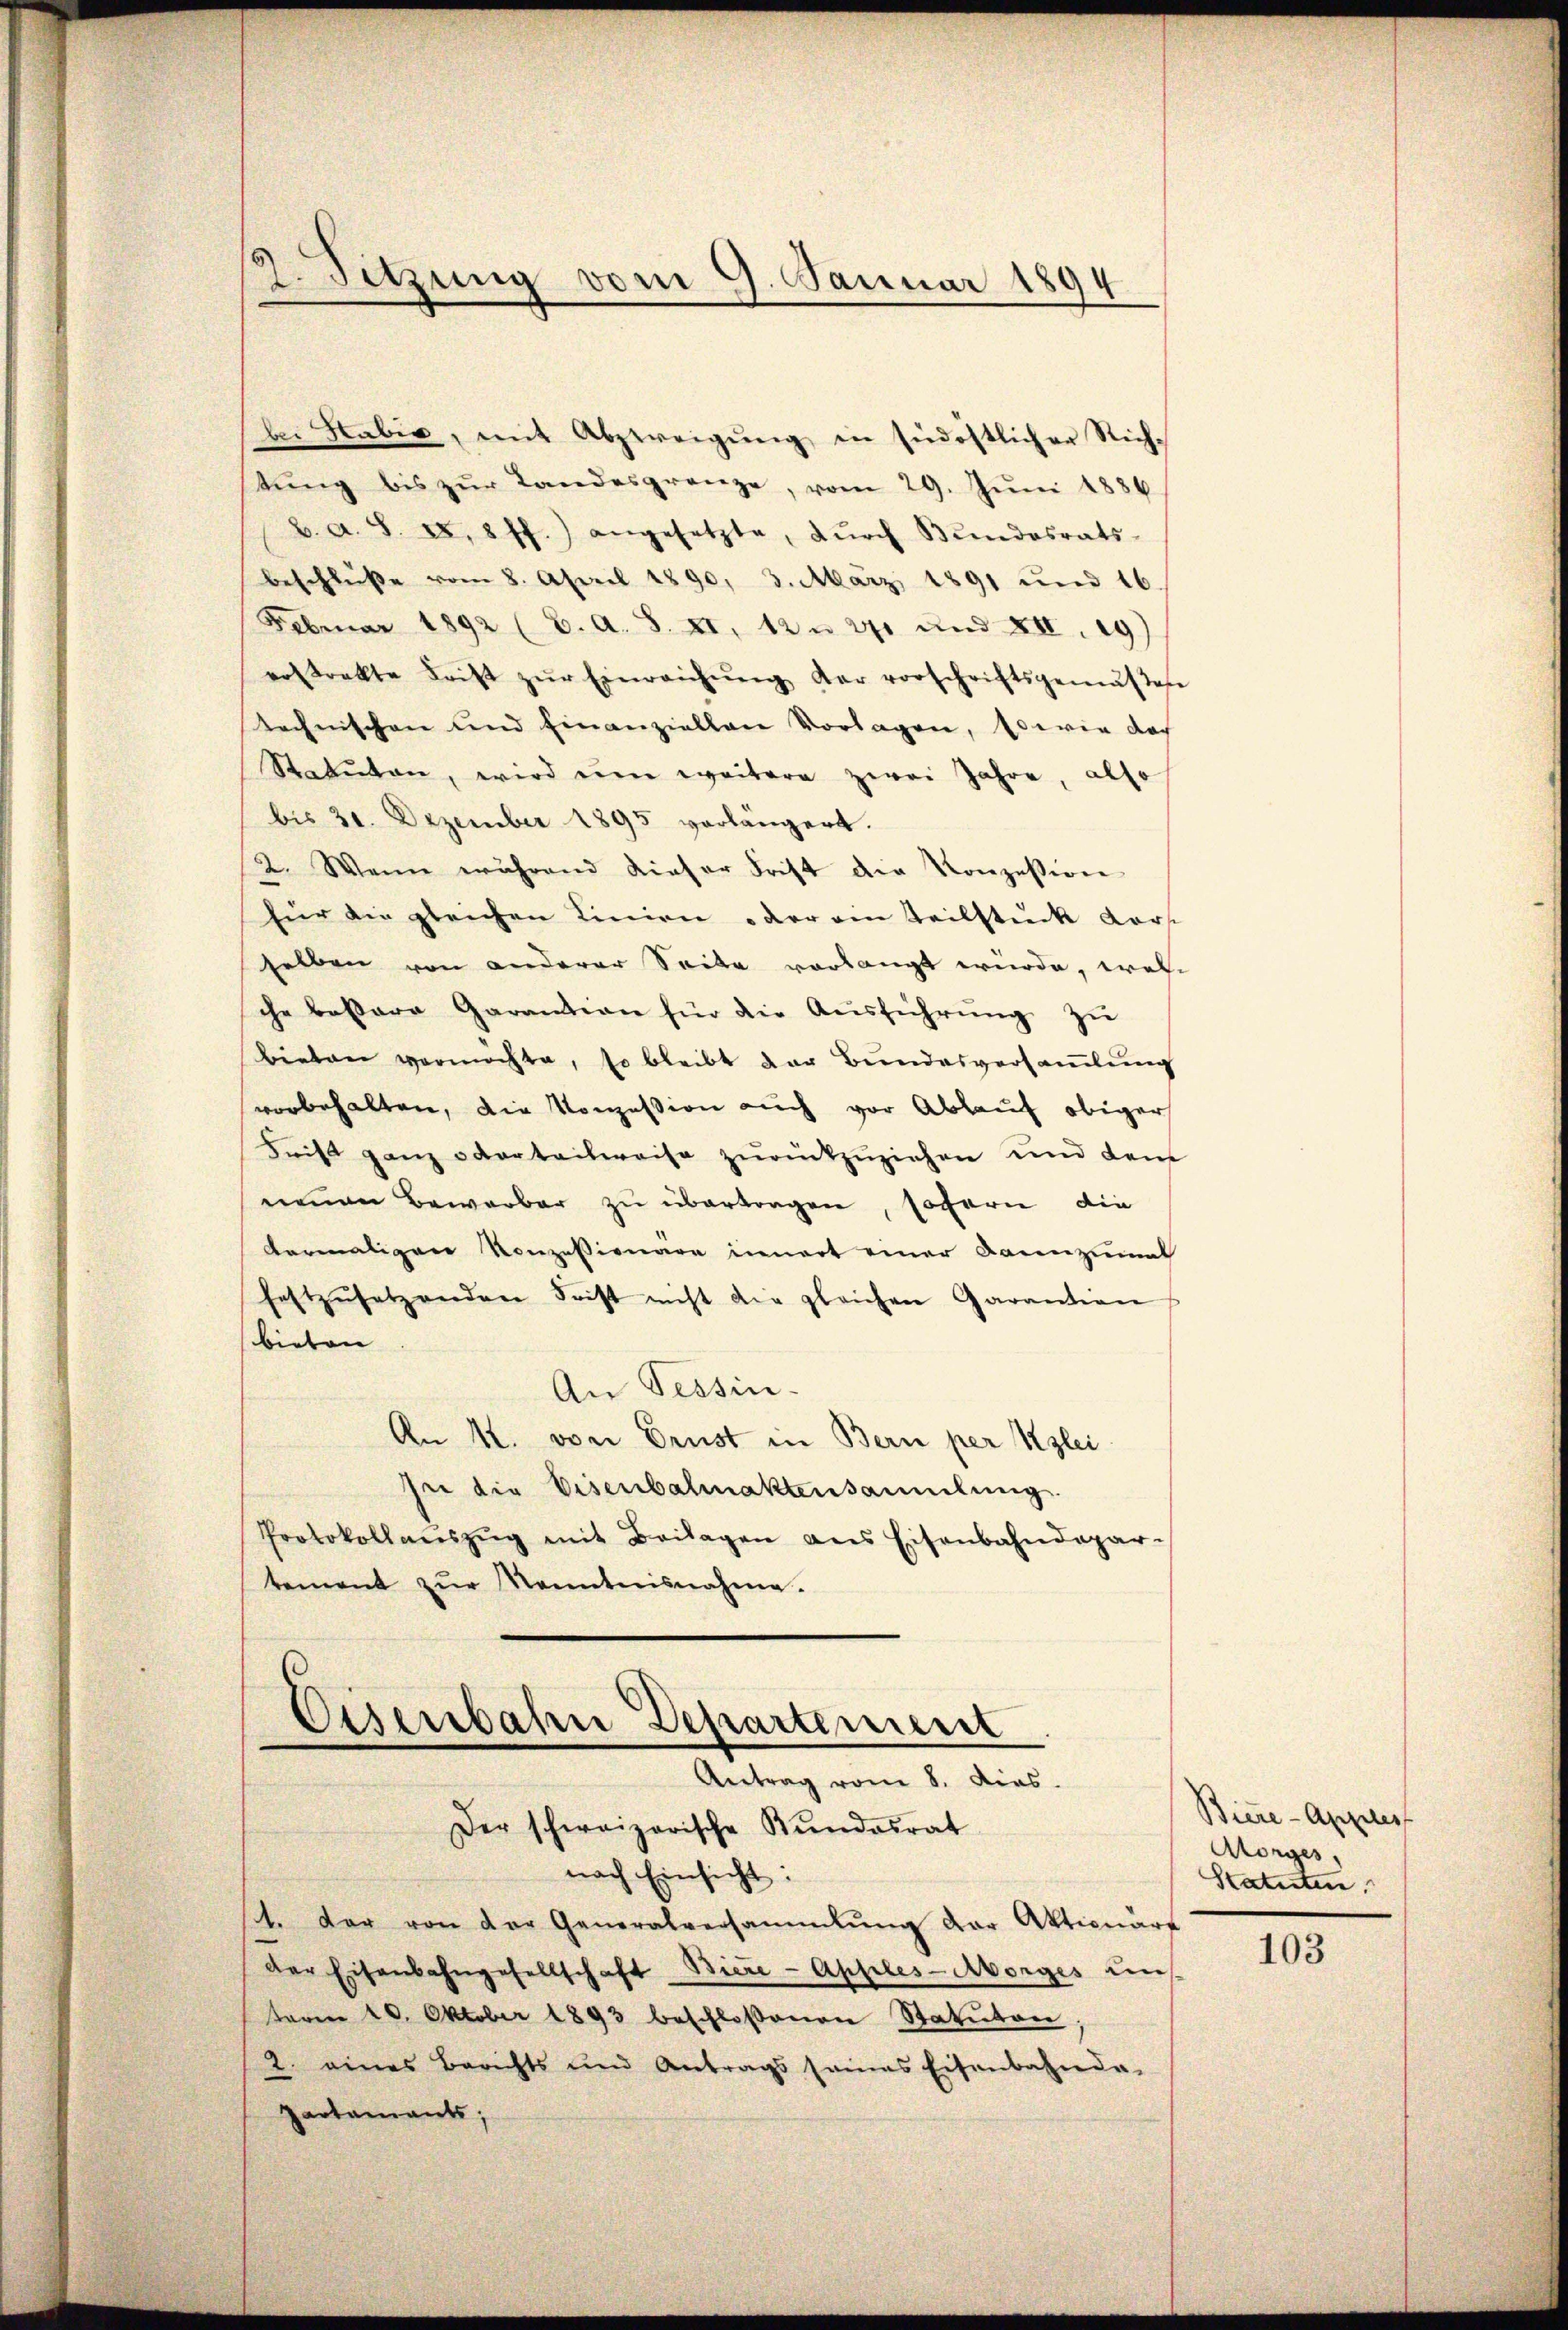
bei Sabić, mit Abzweigŭng in südöstlicher Rich-
tŭng bis zŭr Landesgrenze, vom 29. Jŭni 1886
b. a. S. 24. 8 ff.) angesetzte, dŭrch Bŭndesrats-
beschlŭβe vom 8. April 1890. 3. März 1891 und 16.
Februar 1892 (C. A. S. XI. 12 u. 271 und XII. 19)
erstrekte Frist zŭr Einreichŭng der vorschriftsgemäβese
technischen und einanziellen Vorlagen, sowie doch
Statuten, wird eine weitere zwei Jahre, also
bis 31. Dezember 1895 vorlängert.
2. Wenn während dieser Frist die Konzession
für die gleichen Linien oder ein Teilstück Kart
selben von anderer Seite vorlangt würde, welche bessere Garantion für die Aŭsführŭng zŭ
bieten vermöchte, so bleibt der Bŭndesversaṁlŭng
vorbehalten, die Konzession auch vor Ablauf obiger
Frist ganz oderteilweise zurückzuziehen und dem
nenen Bewerber zu übertragen, sofern die
dermaligen Konzessionare innert einer Bannzumal
festzŭsetzenden Frist nicht die gleichen Garantion
bieten
An Tessin.
An M. von Grust in Bern per Klei
sei die Eisenbalmaktensammlung.
Protokollanszŭg mit Beilagen ans Eisenbahndepar-
tement zŭr Kenntnisnahme.

Besitzung vom 9. Januar 1894

Eisenbahn Departement
Antrag vom 8. dies
Der schweizerische Kundesrat

nach Einsicht:
1. Der von der Generalversammlung der Aktionarf
der Eisenbahngesellschaft Biere - Apples-Aborges uns
term 20. Oktober 1893 beschloßenen Statuten
2. eines Berichts und Antrags sames Eisenbahnda-
partamants;

Biere - Apples
Morges
Statuten

103